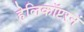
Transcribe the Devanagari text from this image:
हेलिकॉप्टरनं